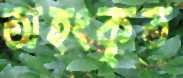
অহংকৃত